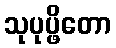
သုပုပ္ဖိတော